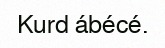
Kurd ábécé.